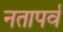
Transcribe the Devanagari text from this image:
नतापर्व